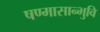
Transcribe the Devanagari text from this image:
षण्मासान्भुवि